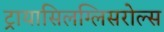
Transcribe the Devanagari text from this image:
ट्रायासिलग्लिसरोल्स